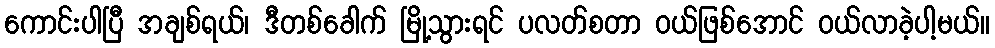
ကောင်းပါပြီ အချစ်ရယ်၊ ဒီတစ်ခေါက် မြို့သွားရင် ပလတ်စတာ ဝယ်ဖြစ်အောင် ဝယ်လာခဲ့ပါ့မယ်။